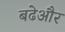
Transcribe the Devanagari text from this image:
बढेऔर